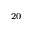
_ { 2 0 }